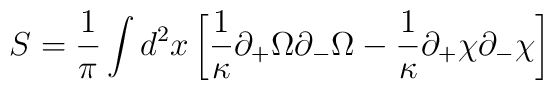
S = \frac{1}{\pi} \int\/d^2 x \left[	\frac{1}{\kappa}\partial_+\Omega\partial_-\Omega	-\frac{1}{\kappa}\partial_+\chi\partial_-\chi \right]